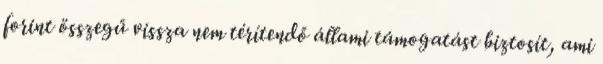
forint összegű vissza nem térítendő állami támogatást biztosít, ami